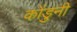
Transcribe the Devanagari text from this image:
कोंडुनी